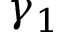
\gamma _ { 1 }